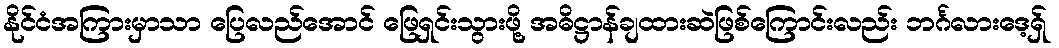
နိုင်ငံအကြားမှာသာ ပြေလည်အောင် ဖြေရှင်းသွားဖို့ အဓိဋ္ဌာန်ချထားဆဲဖြစ်ကြောင်းလည်း ဘင်္ဂလားဒေ့ရှ်